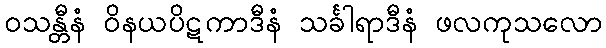
ဝသန္တီနံ ဝိနယပိဋကာဒီနံ သင်္ခါရာဒီနံ ဖလကုသလော